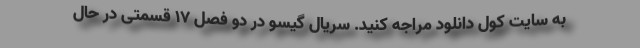
به سایت کول دانلود مراجه کنید. سریال گیسو در دو فصل 17 قسمتی در حال